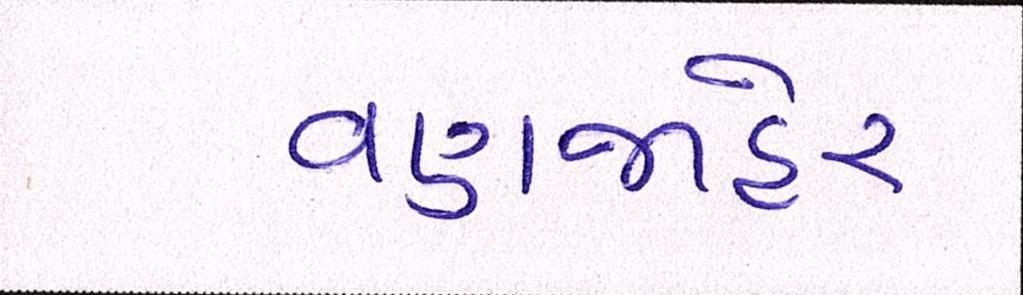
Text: વણજાહેર